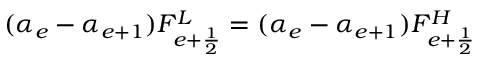
( \alpha _ { e } - \alpha _ { e + 1 } ) F _ { e + \frac { 1 } { 2 } } ^ { L } = ( \alpha _ { e } - \alpha _ { e + 1 } ) F _ { e + \frac { 1 } { 2 } } ^ { H }